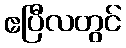
ဧပြီလတွင်